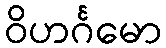
ဝိဟင်္ဂမော